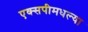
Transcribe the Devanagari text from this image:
एक्सपीमधल्या